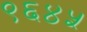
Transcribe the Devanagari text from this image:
९६४५